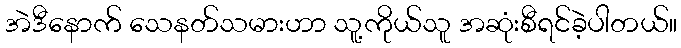
အဲဒီနောက် သေနတ်သမားဟာ သူ့ကိုယ်သူ အဆုံးစီရင်ခဲ့ပါတယ်။